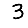
Digit: 3